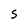
Character: S